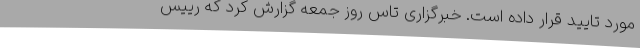
مورد تایید قرار داده است. خبرگزاری تاس روز جمعه گزارش کرد که رییس